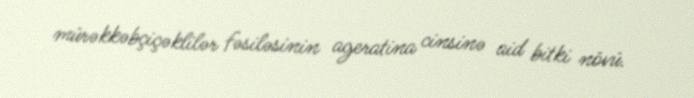
mürəkkəbçiçəklilər fəsiləsinin ageratina cinsinə aid bitki növü.